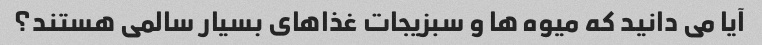
آیا می دانید که میوه ها و سبزیجات غذاهای بسیار سالمی هستند؟